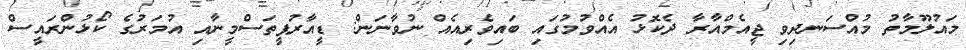
މައުލޫމާތު މުއްސަނދިވި ޖީއެމްއާރާ ދެކޮޅު އެއްވުމުގައި ބައިވެރިއެއް ނުވާނަން: ޑީއާރުޕީތަސްމީނާއި އުމަރުގެ ކޯޅުންރައީސް